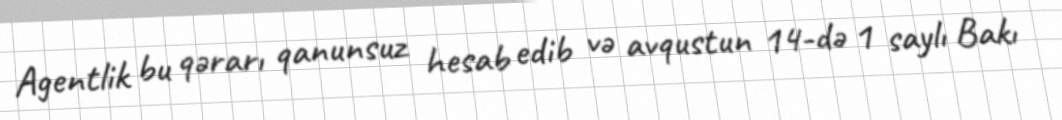
Agentlik bu qərarı qanunsuz hesab edib və avqustun 14-də 1 saylı Bakı